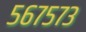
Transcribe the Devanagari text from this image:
५६७५७३